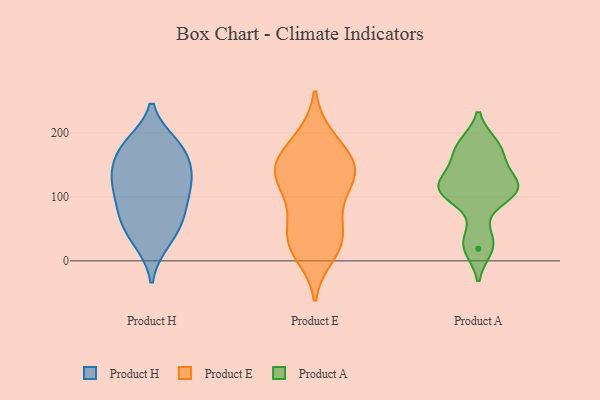
{"axis": {"x": "Humidity (%)", "y": "Value"}, "legend": ["Product A", "Product E", "Product H"], "data": [{"x": "", "y": 33, "type": "Product H"}, {"x": "", "y": 113, "type": "Product H"}, {"x": "", "y": 132, "type": "Product H"}, {"x": "", "y": 116, "type": "Product H"}, {"x": "", "y": 151, "type": "Product H"}, {"x": "", "y": 124, "type": "Product H"}, {"x": "", "y": 29, "type": "Product H"}, {"x": "", "y": 172, "type": "Product H"}, {"x": "", "y": 63, "type": "Product H"}, {"x": "", "y": 74, "type": "Product H"}, {"x": "", "y": 182, "type": "Product H"}, {"x": "", "y": 175, "type": "Product H"}, {"x": "", "y": 183, "type": "Product H"}, {"x": "", "y": 67, "type": "Product H"}, {"x": "", "y": 130, "type": "Product H"}, {"x": "", "y": 80, "type": "Product H"}, {"x": "", "y": 144, "type": "Product E"}, {"x": "", "y": 90, "type": "Product E"}, {"x": "", "y": 24, "type": "Product E"}, {"x": "", "y": 25, "type": "Product E"}, {"x": "", "y": 141, "type": "Product E"}, {"x": "", "y": 50, "type": "Product E"}, {"x": "", "y": 152, "type": "Product E"}, {"x": "", "y": 145, "type": "Product E"}, {"x": "", "y": 133, "type": "Product E"}, {"x": "", "y": 10, "type": "Product E"}, {"x": "", "y": 117, "type": "Product E"}, {"x": "", "y": 48, "type": "Product E"}, {"x": "", "y": 193, "type": "Product E"}, {"x": "", "y": 92, "type": "Product E"}, {"x": "", "y": 144, "type": "Product E"}, {"x": "", "y": 28, "type": "Product E"}, {"x": "", "y": 193, "type": "Product E"}, {"x": "", "y": 160, "type": "Product E"}, {"x": "", "y": 177, "type": "Product A"}, {"x": "", "y": 19, "type": "Product A"}, {"x": "", "y": 112, "type": "Product A"}, {"x": "", "y": 156, "type": "Product A"}, {"x": "", "y": 126, "type": "Product A"}, {"x": "", "y": 105, "type": "Product A"}, {"x": "", "y": 117, "type": "Product A"}, {"x": "", "y": 182, "type": "Product A"}, {"x": "", "y": 106, "type": "Product A"}, {"x": "", "y": 34, "type": "Product A"}]}